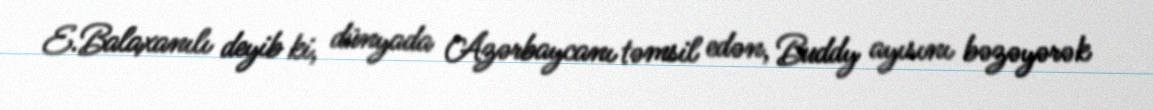
E.Balaxanılı deyib ki, dünyada Azərbaycanı təmsil edən, Buddy ayısını bəzəyərək